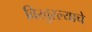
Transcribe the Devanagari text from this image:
विखुरल्याचे